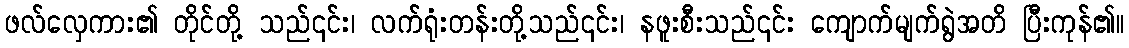
ဖလ်လှေကား၏ တိုင်တို့ သည်၎င်း၊ လက်ရုံးတန်းတို့သည်၎င်း၊ နဖူးစီးသည်၎င်း ကျောက်မျက်ရွဲအတိ ပြီးကုန်၏။